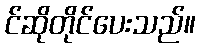
င်ဆိုတိုင်ပေးသည်။